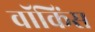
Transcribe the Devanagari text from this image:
वॉकिंस